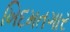
ખિદમતગાર